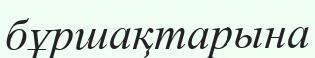
бұршақтарына